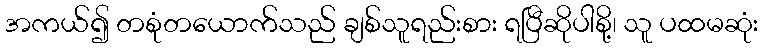
အကယ်၍ တစုံတယောက်သည် ချစ်သူရည်းစား ရပြီဆိုပါစို့၊ သူ ပထမဆုံး